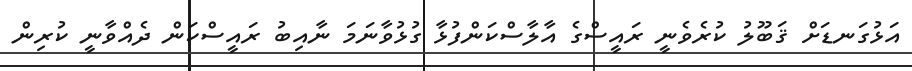
އަޅުގަނޑަށް ޤަބޫލު ކުރެވެނީ ރައީސްގެ އާލާސްކަންފުޅާ ގުޅުވާނަމަ ނާއިބު ރައީސްކަން ދެއްވާނީ ކުރިން